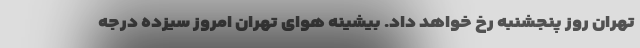
تهران روز پنجشنبه رخ خواهد داد. بیشینه هوای تهران امروز سیزده درجه